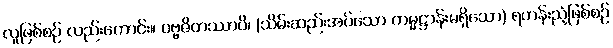
လူဖြစ်စဉ် လည်းကောင်း။ ပဗ္ဗဇိတဿာပိ၊ (သိမ်းဆည်းအပ်သော ကမ္မဋ္ဌာန်းမရှိသော) ရဟန်းညံ့ဖြစ်စဉ်